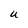
Character: U